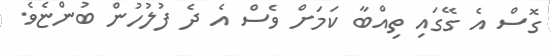
ގޮސް އެ ގޭގައި ތިއްބާ ކަމަށް ވެސް އެ ދެ ފުލުހުން ބުންޏެވެ.